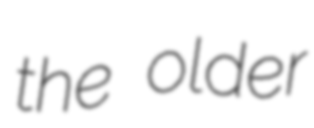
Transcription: the older